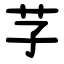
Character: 芓